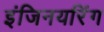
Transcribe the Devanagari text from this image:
इंजिनयरिंग